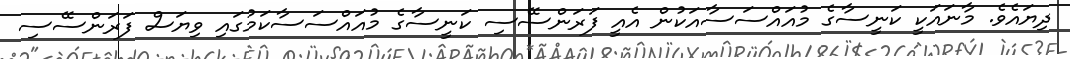
ދިޔައެވެ. މާނައަކީ ކަނީސާގެ މުއައްސަސާއަކުން އެއީ ފަރަންސޭސި ކަނީސާގެ މުއައްސަސާކަމުގައި ވިޔަސް ފަރަންސޭސި